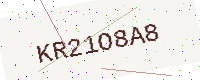
Text: KR21O8A8